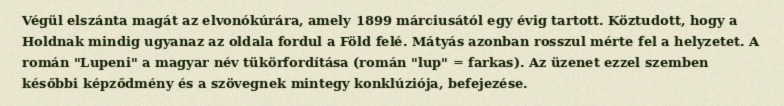
Végül elszánta magát az elvonókúrára, amely 1899 márciusától egy évig tartott. Köztudott, hogy a Holdnak mindig ugyanaz az oldala fordul a Föld felé. Mátyás azonban rosszul mérte fel a helyzetet. A román "Lupeni" a magyar név tükörfordítása (román "lup" = farkas). Az üzenet ezzel szemben későbbi képződmény és a szövegnek mintegy konklúziója, befejezése.